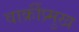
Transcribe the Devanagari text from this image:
वार्क्रीप्र्मुख